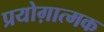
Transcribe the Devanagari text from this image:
प्रयोग़ात्मक